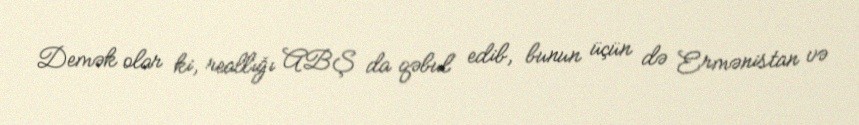
Demək olar ki, reallığı ABŞ da qəbul edib, bunun üçün də Ermənistan və